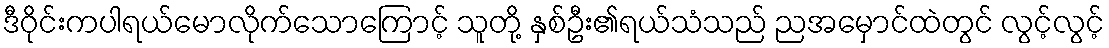
ဒီဝိုင်းကပါရယ်မောလိုက်သောကြောင့် သူတို့ နှစ်ဦး၏ရယ်သံသည် ညအမှောင်ထဲတွင် လွင့်လွင့်